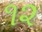
૧૨